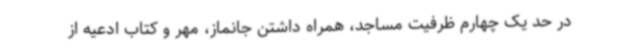
در حد یک چهارم ظرفیت مساجد، همراه داشتن جانماز، مهر و کتاب ادعیه از